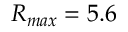
R _ { m a x } = 5 . 6